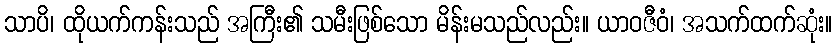
သာပိ၊ ထိုယက်ကန်းသည် အကြီး၏ သမီးဖြစ်သော မိန်းမသည်လည်း။ ယာဝဇီဝံ၊ အသက်ထက်ဆုံး။